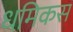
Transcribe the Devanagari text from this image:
धमिकस